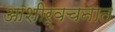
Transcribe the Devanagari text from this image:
आशीर्वचनात